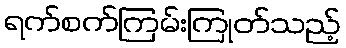
ရက်စက်ကြမ်းကြုတ်သည့်